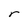
Character: r